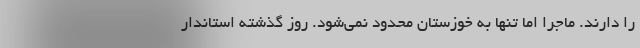
را دارند. ماجرا اما تنها به خوزستان محدود نمی‌شود. روز گذشته استاندار